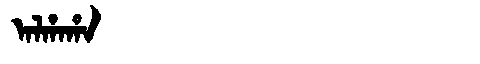
Manchu: ᠠᠯᡥᠠᡥᠠ
Romanization: ALHAHA